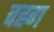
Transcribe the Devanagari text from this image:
वह्ग